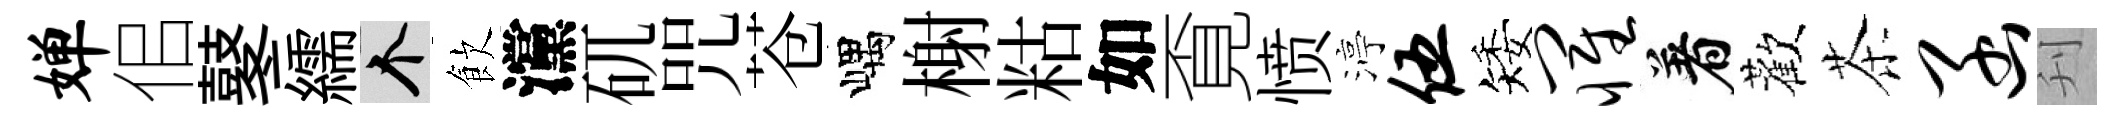
婵佀鼕繻个飲灙矹咒苍嵎榭䊀如覔愤渟伍矮罹着歡茶函刋